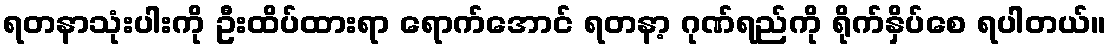
ရတနာသုံးပါးကို ဦးထိပ်ထားရာ ရောက်အောင် ရတနာ့ ဂုဏ်ရည်ကို ရိုက်နှိပ်စေ ရပါတယ်။